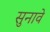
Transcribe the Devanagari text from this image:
सुनावे